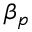
\beta _ { p }